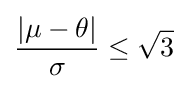
{\frac {|\mu -\theta |}{\sigma }}\leq {\sqrt {3}}